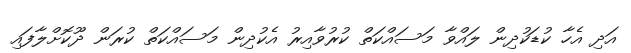
އަދި އެހާ ކުޑަކުދިން ލައްވާ މަސައްކަތް ކުރުވާއިރު އެކުދިން މަސައްކަތް ކުރަން ދޫކޮށްލާފައި